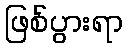
ဖြစ်ပွားရာ